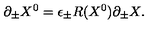
\partial _ { \pm } X ^ { 0 } = \epsilon _ { \pm } R ( X ^ { 0 } ) \partial _ { \pm } X .